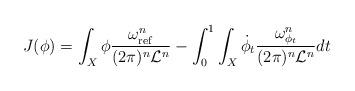
LaTeX: \begin{align*}J(\phi) = \int_{X} \phi \frac{\omega_{\mathrm{ref}}^n}{(2\pi)^n\mathcal{L}^n} - \int_0^1 \int_{X} \dot{\phi}_t \frac{\omega_{\phi_t}^n}{(2\pi)^n\mathcal{L}^n} dt\end{align*}